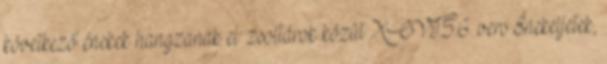
következő énekek hangzanak el: zsoltárok közül XCVI.5.6. vers Énekeljetek,